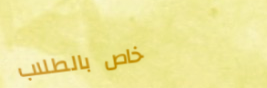
خاص بالطلاب